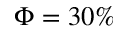
\Phi = 3 0 \%